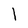
Character: l